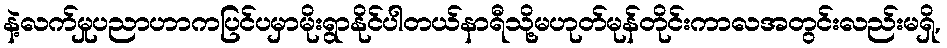
နဲ့လက်မှုပညာဟာကပြင်ပမှာမိုးရွာနိုင်ပါတယ်နာရီသို့မဟုတ်မုန်တိုင်းကာလအတွင်းလည်းမရှိ,